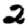
Digit: 2